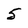
Character: 5